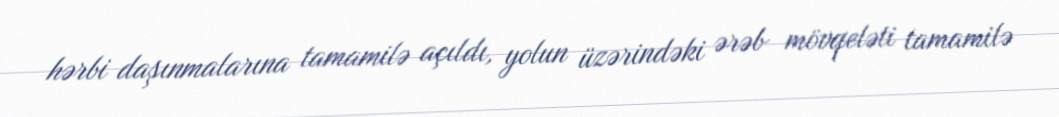
hərbi daşınmalarına tamamilə açıldı, yolun üzərindəki ərəb mövqeləti tamamilə